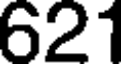
621